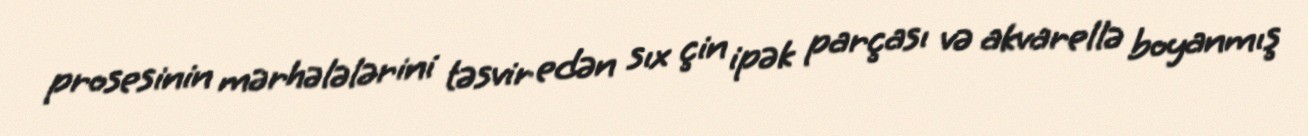
prosesinin mərhələlərini təsvir edən sıx çin ipək parçası və akvarellə boyanmış